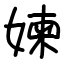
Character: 媡